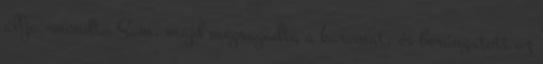
állja.-mondta Sam, majd megragadta a karomat, és berángatott az